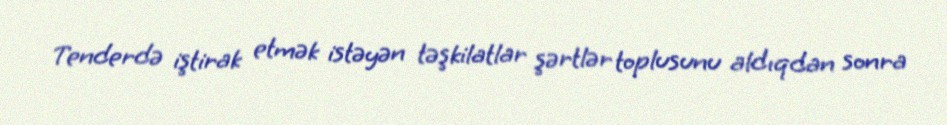
Tenderdə iştirak etmək istəyən təşkilatlar şərtlər toplusunu aldıqdan sonra